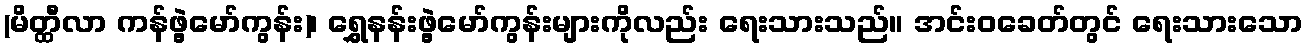
(မိတ္ထီလာ ကန်ဖွဲ့မော်ကွန်း)၊ ရွှေနန်းဖွဲ့မော်ကွန်းများကိုလည်း ရေးသားသည်။ အင်းဝခေတ်တွင် ရေးသားသော